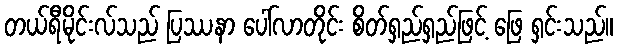
တယ်ရီမိုင်းလ်သည် ပြဿနာ ပေါ်လာတိုင်း စိတ်ရှည်ရှည်ဖြင့် ဖြေ ရှင်းသည်။